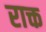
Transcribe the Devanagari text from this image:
राक्त